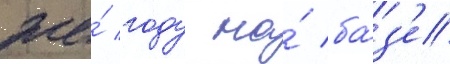
же́ году на́ ба́з'е